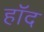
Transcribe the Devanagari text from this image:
हॉद